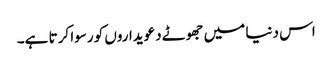
اس دنیا میں جھوٹے دعویداروں کو رسوا کرتا ہے۔